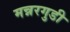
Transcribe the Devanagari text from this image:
मन्नरगुडी